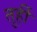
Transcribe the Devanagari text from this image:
तुर्ही